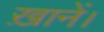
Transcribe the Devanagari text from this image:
ख़ानें।